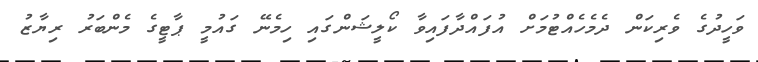
ވަހީދުގެ ވެރިކަން ދެމެހެއްޓުމަށް އުފައްދާފައިވާ ކޯލީޝަންގައި ހިމެނޭ ގައުމީ ޕާޓީގެ މެންބަރު ރިޔާޒު